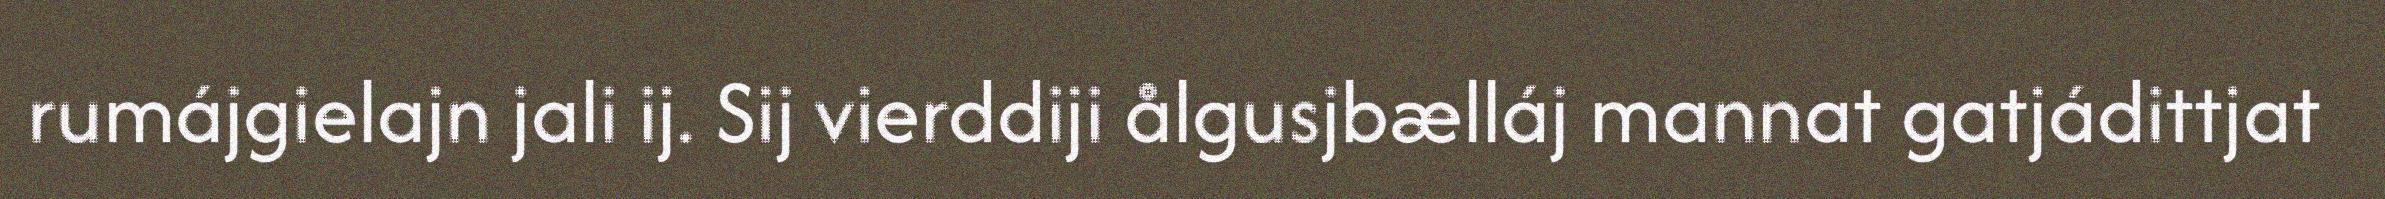
rumájgielajn jali ij. Sij vierddiji ålgusjbælláj mannat gatjádittjat